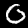
Digit: 0